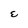
Character: E